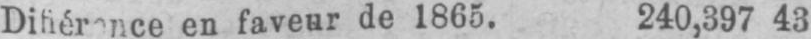
en faveur de 1865. 240,397 43